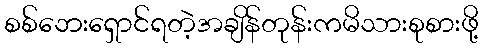
စစ်ဘေးရှောင်ရတဲ့အချိန်တုန်းကမိသားစုစားဖို့